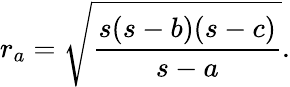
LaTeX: r_{a}={\sqrt{\frac{s(s-b)(s-c)}{s-a}}}.